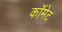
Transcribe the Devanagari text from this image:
काॅमेट